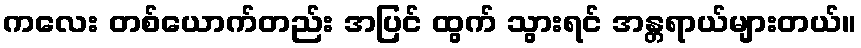
ကလေး တစ်ယောက်တည်း အပြင် ထွက် သွားရင် အန္တရာယ်များတယ်။